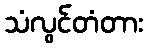
သံလွင်တံတား